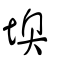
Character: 墺